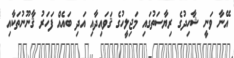
އޭނާ ވަނީ ޝާހިދުގެ ރިޔާސަތުގައި މަޖިލީހުގެ ޤަވައިދާއި އަދި ބައެއް ފަހަރު ޤާނޫނުތަކާއި